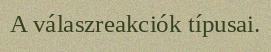
A válaszreakciók típusai.